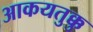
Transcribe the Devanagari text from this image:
आकयतुक्कु